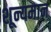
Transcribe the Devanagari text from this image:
शून्यमान